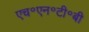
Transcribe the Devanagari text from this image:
एच॰एन॰टी॰बी